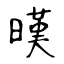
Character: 暵